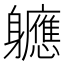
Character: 軈